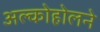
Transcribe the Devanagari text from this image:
अल्कोहोलने